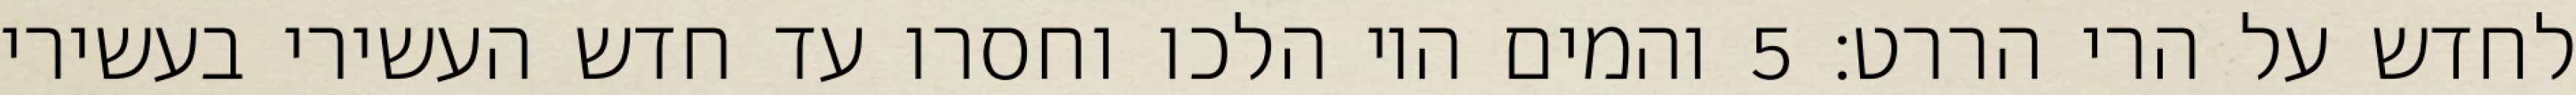
לחדש על הרי הררט׃ ‎5‏ והמים היו הלכו וחסרו עד חדש העשירי בעשירי